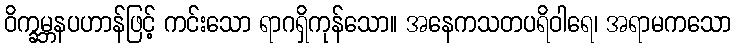
ဝိက္ခမ္ဘနပဟာန်ဖြင့် ကင်းသော ရာဂရှိကုန်သော။ အနေကသတပရိဝါရေ၊ အရာမကသော